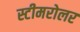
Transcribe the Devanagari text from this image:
स्टीमरोलर